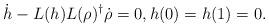
LaTeX: \begin{align*}\dot h-L(h)L(\rho)^{\dagger}\dot\rho=0,h(0)=h(1)=0.\end{align*}